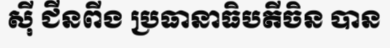
ស៊ី ជីនពីង ប្រធានាធិបតីចិន បាន